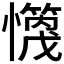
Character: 𪬻